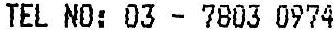
TEL NO: 03 - 7803 0974